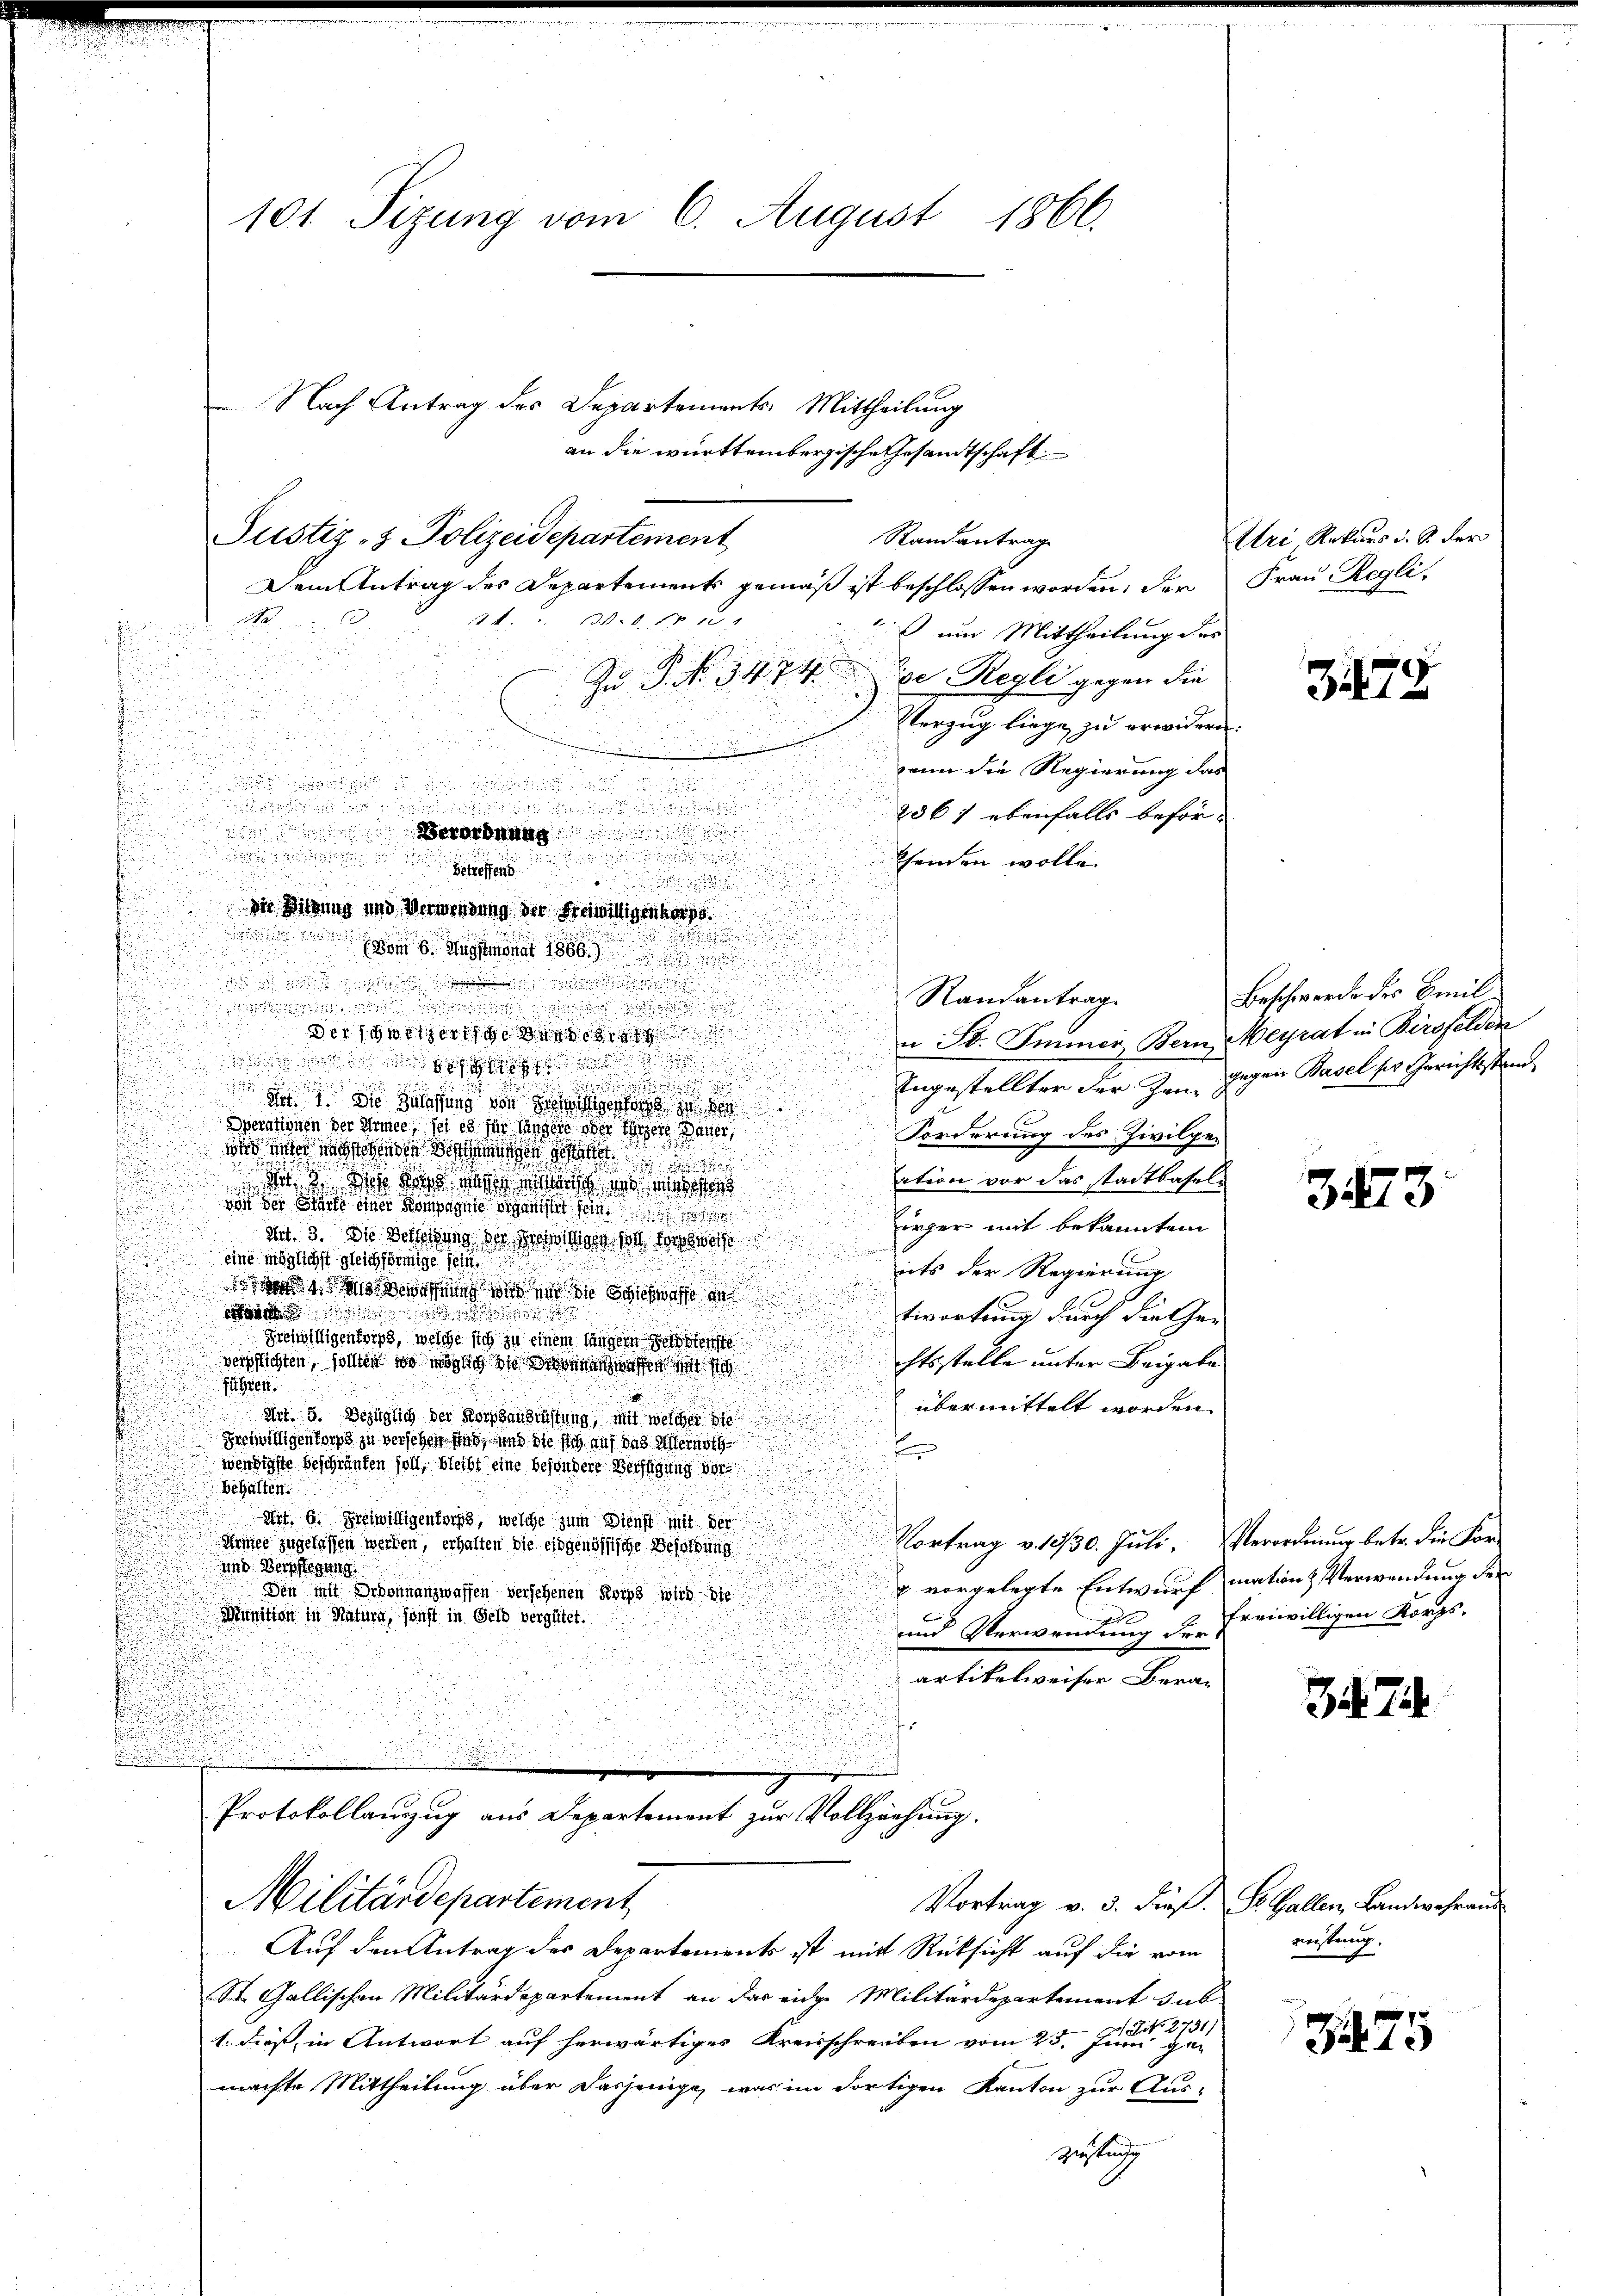
101 Sizung vom 6. August 1866.

. Nach Antrag des Departements Mittheilung
Dem Antrag des Departements gemäß ist beschlossen worden, der Frau Regli

14. 21. Fe

 um Mittheilung des
Zu P. No. 3474. Der Regli gegen die
Verzug liege zu erwidern.
ann die Regierung das

2061 ebenfalls beför¬
.

Chenden wolle.
betreffend

Die Sitzung und Verwendung der Freiwilligenherge

n
ds von 6. Augstmonat 1866
u

Randantrag
..........
d
der schwierige und
u St. Immer Bern Meyrat in Birsfelden
.

u

Ungestellter der Zen, gegen Basel ser Gerichtsstand
n

d
dit 1. Die Küngung von Fertigen in de
u

u
Iverationen der Armee, sei es für längere oder eingere Dauer,

n

Forderung des Zivilge-

dn der wegenden Beschen s

n
u
ation vor das stadtbaseldir. Die das dass ich in messens
.
von den Statte einer Königen entstet sein
örger mit bekannten

Art. 3. Die Verletzung der Grebitore soll dersweise
e
eine möglichst gleichförmige sein.
s
eits der Regierung
.
n
awaffnung wird ein die Stichwasse an
n
are ses
twortung durch die Ge-
Sreiwilligenkorps, welche sich zu einem längern Geld bienste
chtsstelle unter Beigabe
verpflichten, sollten wo möglich die der entziffen mit s
führen.
übermittelt worden.
Art. 5. Bezüglich der Kochhausrüstung mit welcher
Freiwilligentorps zu versehen sind, und die sich auf das Verurth
f
wendigste beschränken soll, bleibt eine besondere Verfügung vorbehalten.
Art. 6. Freiwilligentorps, welche zum Dienst mit der
Vortrag v. 13/30. Jŭli. Verordnung betr. die For-
Armee zugelassen werden, erhalten die eidgenössische Besoldung
und Verpflegung
x vorgelegte Entwurf mation Verwendung der
Den mit Ordonnanzwaffen versehenen Korps wird sie
Munition in Natura, sonst in Gelb vergütet.
und Verwendung der freiwilligen Korps,
artikelweiser Bera¬
Protokollanzzug aus Departement zur Vollziehung.
Militärdepartement
Vortrag v. 3. Dief. Dr. Gallen, Landwehran
Auf den Antrag des Departements ist mit Rücksicht auf die vom
St. Gallischen Militärdepartement an das eidge Militärdepartement sub
1. dieß, in Antwort auf herwärtiges Kreisschreiben vom 23. Jul. 12731
machte Mittheilung über dasjenige, was im dortigen Kanton zur Aus-
Zustingeg

Justiz- & Polizeidepartement

erung

an die württembergische Gesandtschaft
Randantrag

Uri Rekurs d. S. der

79

Beschwerde des Emil

3243

7

reistung.

75